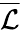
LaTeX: \overline{{\mathcal{L}}}